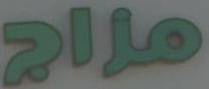
مزاج